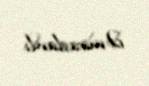
Əmiraslanlı